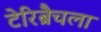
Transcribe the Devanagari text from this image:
टेरिब्रैचला